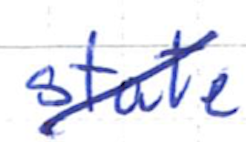
Text: state
Cross-out: diagonal
Writing tool: ballpoint